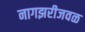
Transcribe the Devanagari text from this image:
नागझरीजवळ